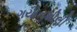
ગયોનશીલી